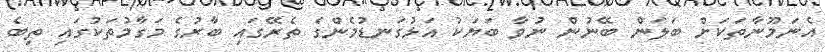
އެނަމޫނާތަކަށް ބަލަން ބޭނުން ނުވާ ބަޔަކު އަޅުގަނޑުމެންގެ ތެރޭގައި ބާރުގެ މަގާމުތަކުގައި ތިބެ